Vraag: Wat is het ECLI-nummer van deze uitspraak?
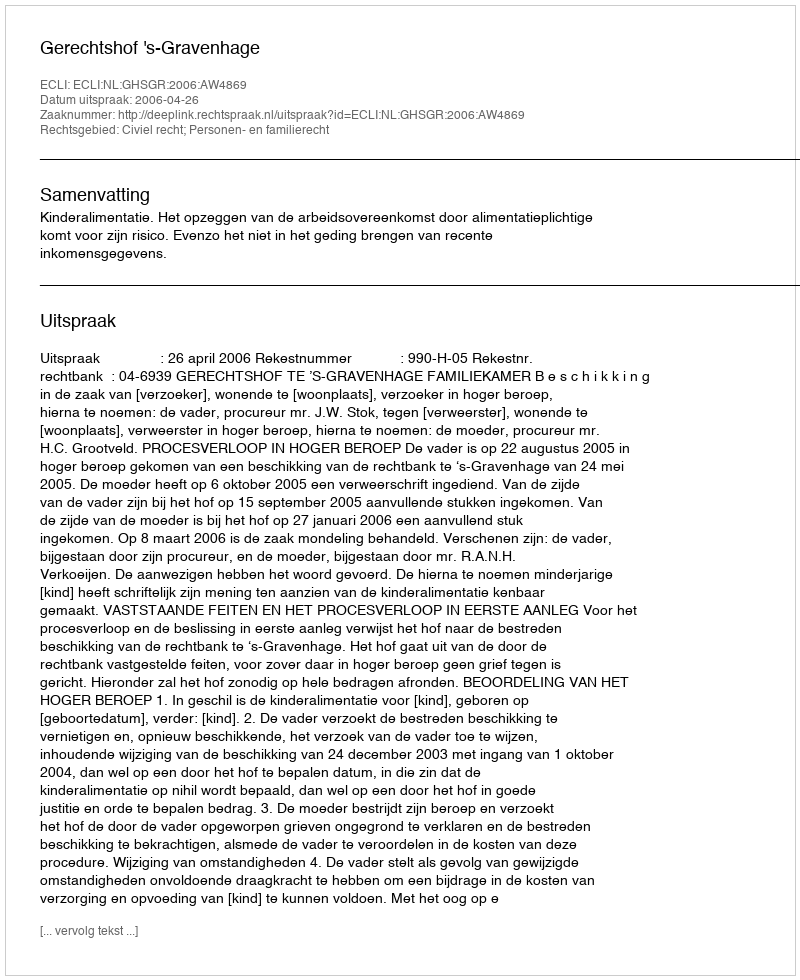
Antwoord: ECLI:NL:GHSGR:2006:AW4869